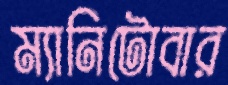
ম্যানিটোবার